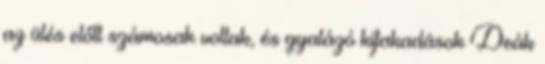
az ülés előtt számosak voltak, és gyalázó kifakadások Deák